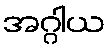
အဂ္ဂါယ